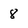
Character: 8